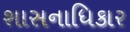
શાસનાધિકાર